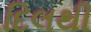
દિલથી